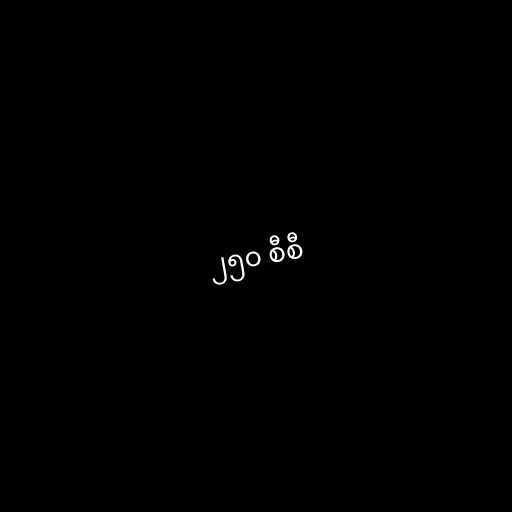
၂၅၀ စီစီ